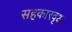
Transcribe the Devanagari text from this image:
सहकारवृक्ष